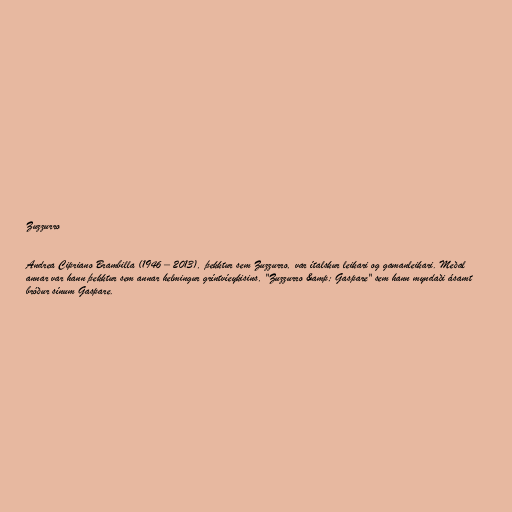
Zuzzurro

Andrea Cipriano Brambilla (1946 – 2013), þekktur sem Zuzzurro, var ítalskur leikari og gamanleikari. Meðal
annar var hann þekktur sem annar helmingur gríntvíeykisins, "Zuzzurro &amp; Gaspare" sem hann myndaði ásamt
bróður sínum Gaspare.